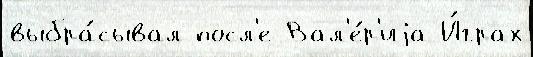
выбра́сывал посл'е Вал'е́р'иjа И́грах